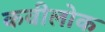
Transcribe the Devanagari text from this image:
कवीलोक